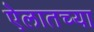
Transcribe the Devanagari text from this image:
ऐलातच्या